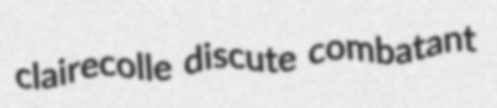
clairecolle discute combatant